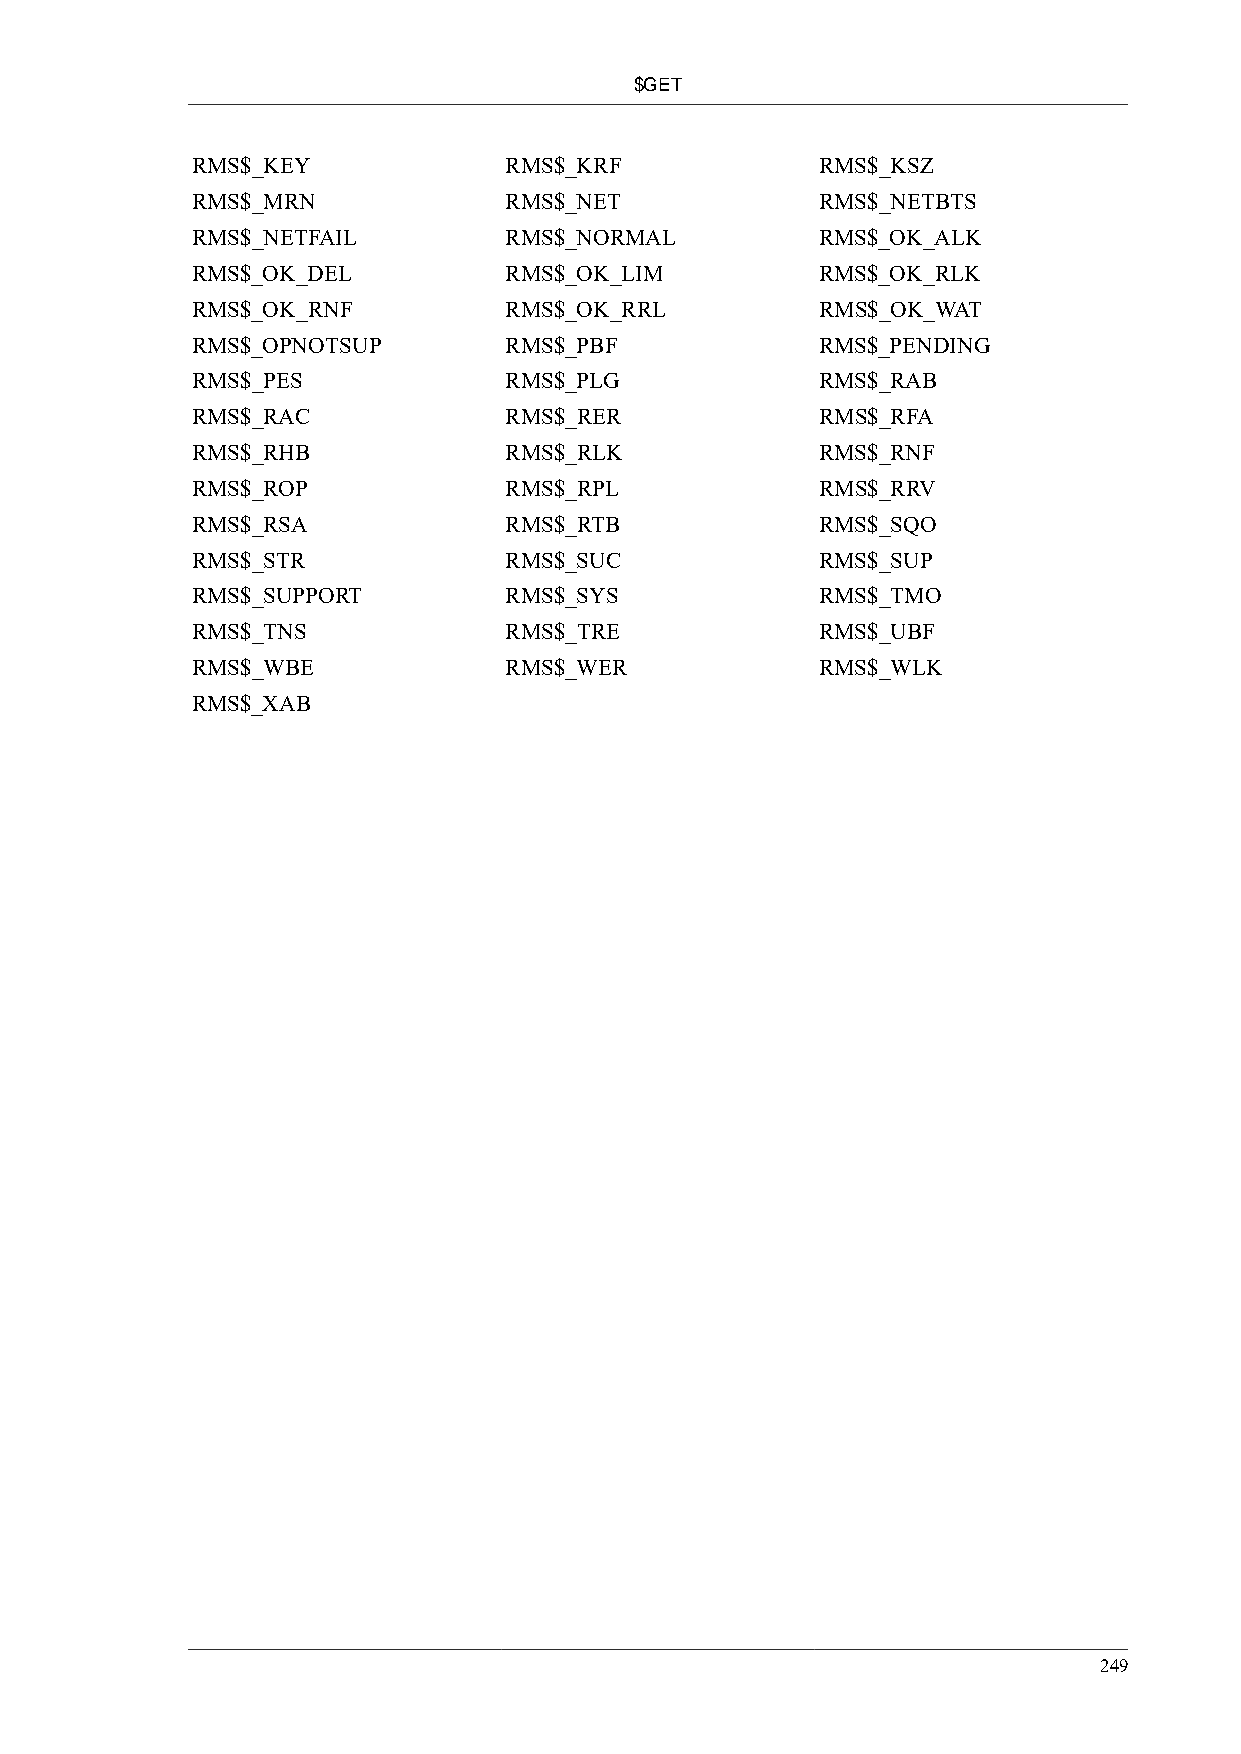
$GET
 RMS$_KEY            RMS$_KRF             RMS$_KSZ
 RMS$_MRN            RMS$_NET             RMS$_NETBTS
 RMS$_NETFAIL        RMS$_NORMAL          RMS$_OK_ALK
 RMS$_OK_DEL         RMS$_OK_LIM          RMS$_OK_RLK
 RMS$_OK_RNF         RMS$_OK_RRL          RMS$_OK_WAT
 RMS$_OPNOTSUP       RMS$_PBF             RMS$_PENDING
 RMS$_PES            RMS$_PLG             RMS$_RAB
 RMS$_RAC            RMS$_RER             RMS$_RFA
 RMS$_RHB            RMS$_RLK             RMS$_RNF
 RMS$_ROP            RMS$_RPL             RMS$_RRV
 RMS$_RSA            RMS$_RTB             RMS$_SQO
 RMS$_STR            RMS$_SUC             RMS$_SUP
 RMS$_SUPPORT        RMS$_SYS             RMS$_TMO
 RMS$_TNS            RMS$_TRE             RMS$_UBF
 RMS$_WBE            RMS$_WER             RMS$_WLK
 RMS$_XAB
 249